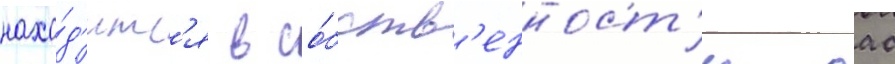
нахо́д'итс'я в со́бств'енност'и оао